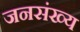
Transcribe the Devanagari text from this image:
जनसंख्य